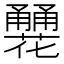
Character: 𤰏